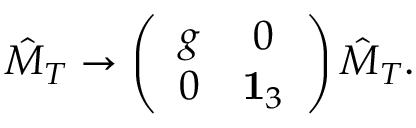
\hat { M } _ { T } \rightarrow \left( \begin{array} { c c } { { g } } & { { 0 } } \\ { { 0 } } & { { { \bf 1 } _ { 3 } } } \end{array} \right) \hat { M } _ { T } .